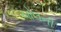
બોલની